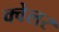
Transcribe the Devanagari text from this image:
क्वेलर